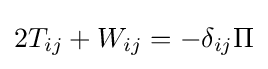
2T_{ij}+W_{ij}=-\delta _{ij}\Pi